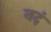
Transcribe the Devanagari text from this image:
नदं